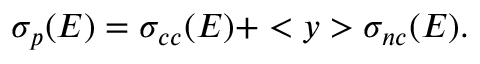
\sigma _ { p } ( E ) = \sigma _ { c c } ( E ) + < y > \sigma _ { n c } ( E ) .